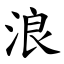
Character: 浪